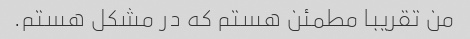
من تقریبا مطمئن هستم که در مشکل هستم.